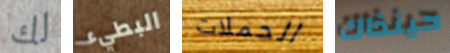
لك البطيء الحملات حينذاك